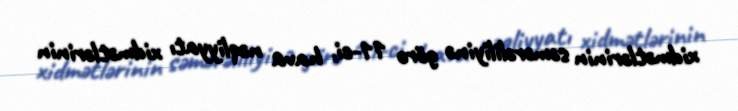
xidmətlərinin səmərəliliyinə görə 11-ci, hava nəqliyyatı xidmətlərinin